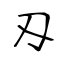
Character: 刄